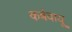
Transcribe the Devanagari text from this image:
कर्बवायू